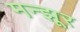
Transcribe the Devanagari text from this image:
मन्झूर